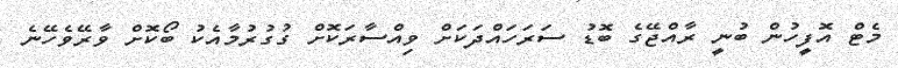
މެޓް އޮފީހުން ބުނީ ރާއްޖޭގެ ބޮޑު ސަރަހައްދަކަށް ވިއްސާރަކޮށް ގުގުރުމާއެކު ބޯކޮށް ވާރޭވެހޭނެ